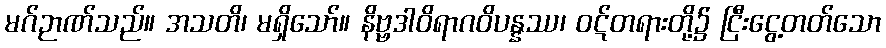
မဂ်ဉာဏ်သည်။ အသတိ၊ မရှိသော်။ နိဗ္ဗဒါဝိရာဂဝိပန္နဿ၊ ဝဋ်တရားတို့၌ ငြီးငွေ့တတ်သော